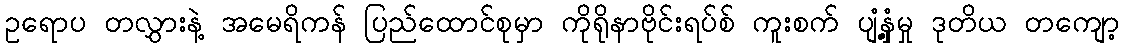
ဥရောပ တလွှားနဲ့ အမေရိကန် ပြည်ထောင်စုမှာ ကိုရိုနာဗိုင်းရပ်စ် ကူးစက် ပျံ့နှံ့မှု ဒုတိယ တကျော့